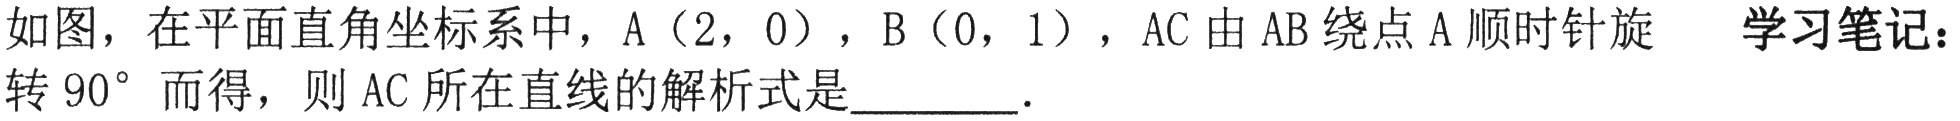
如图，在平面直角坐标系中，A（2，0），B（0，1），AC由AB绕点A顺时针旋 学习笔记：
转\(90^{\circ}\)而得，则AC所在直线的解析式是  ．